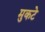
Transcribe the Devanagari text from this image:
मुकटे